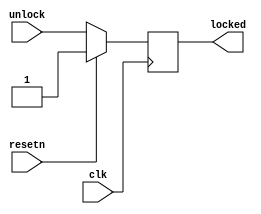
//copilot mean_prob: 0.6965923729846224
//This file was assembled by gen.py, written by redactedAuthorFirstname redactedAuthorLastname.
module power_on_lock
(
input wire clk,
input wire resetn,
input wire unlock,
output reg locked
);

//this lock register is locked (1) upon power on / resetn signal
//it is unlocked (set to 0) upon receiving the unlock signal
//-copilot next line-
//copilot mean_prob: 0.6965923729846224

always @(posedge clk) begin
    if (resetn)
        locked <= 1;
    else
        locked <= unlock;
end





endmodule